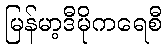
မြန်မာ့ဒီမိုကရေစီ